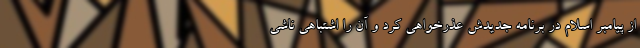
از پیامبر اسلام در برنامه جدیدش عذرخواهی کرد و آن را اشتباهی ناشی